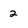
Character: 2